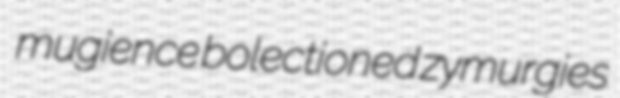
mugience bolectioned zymurgies